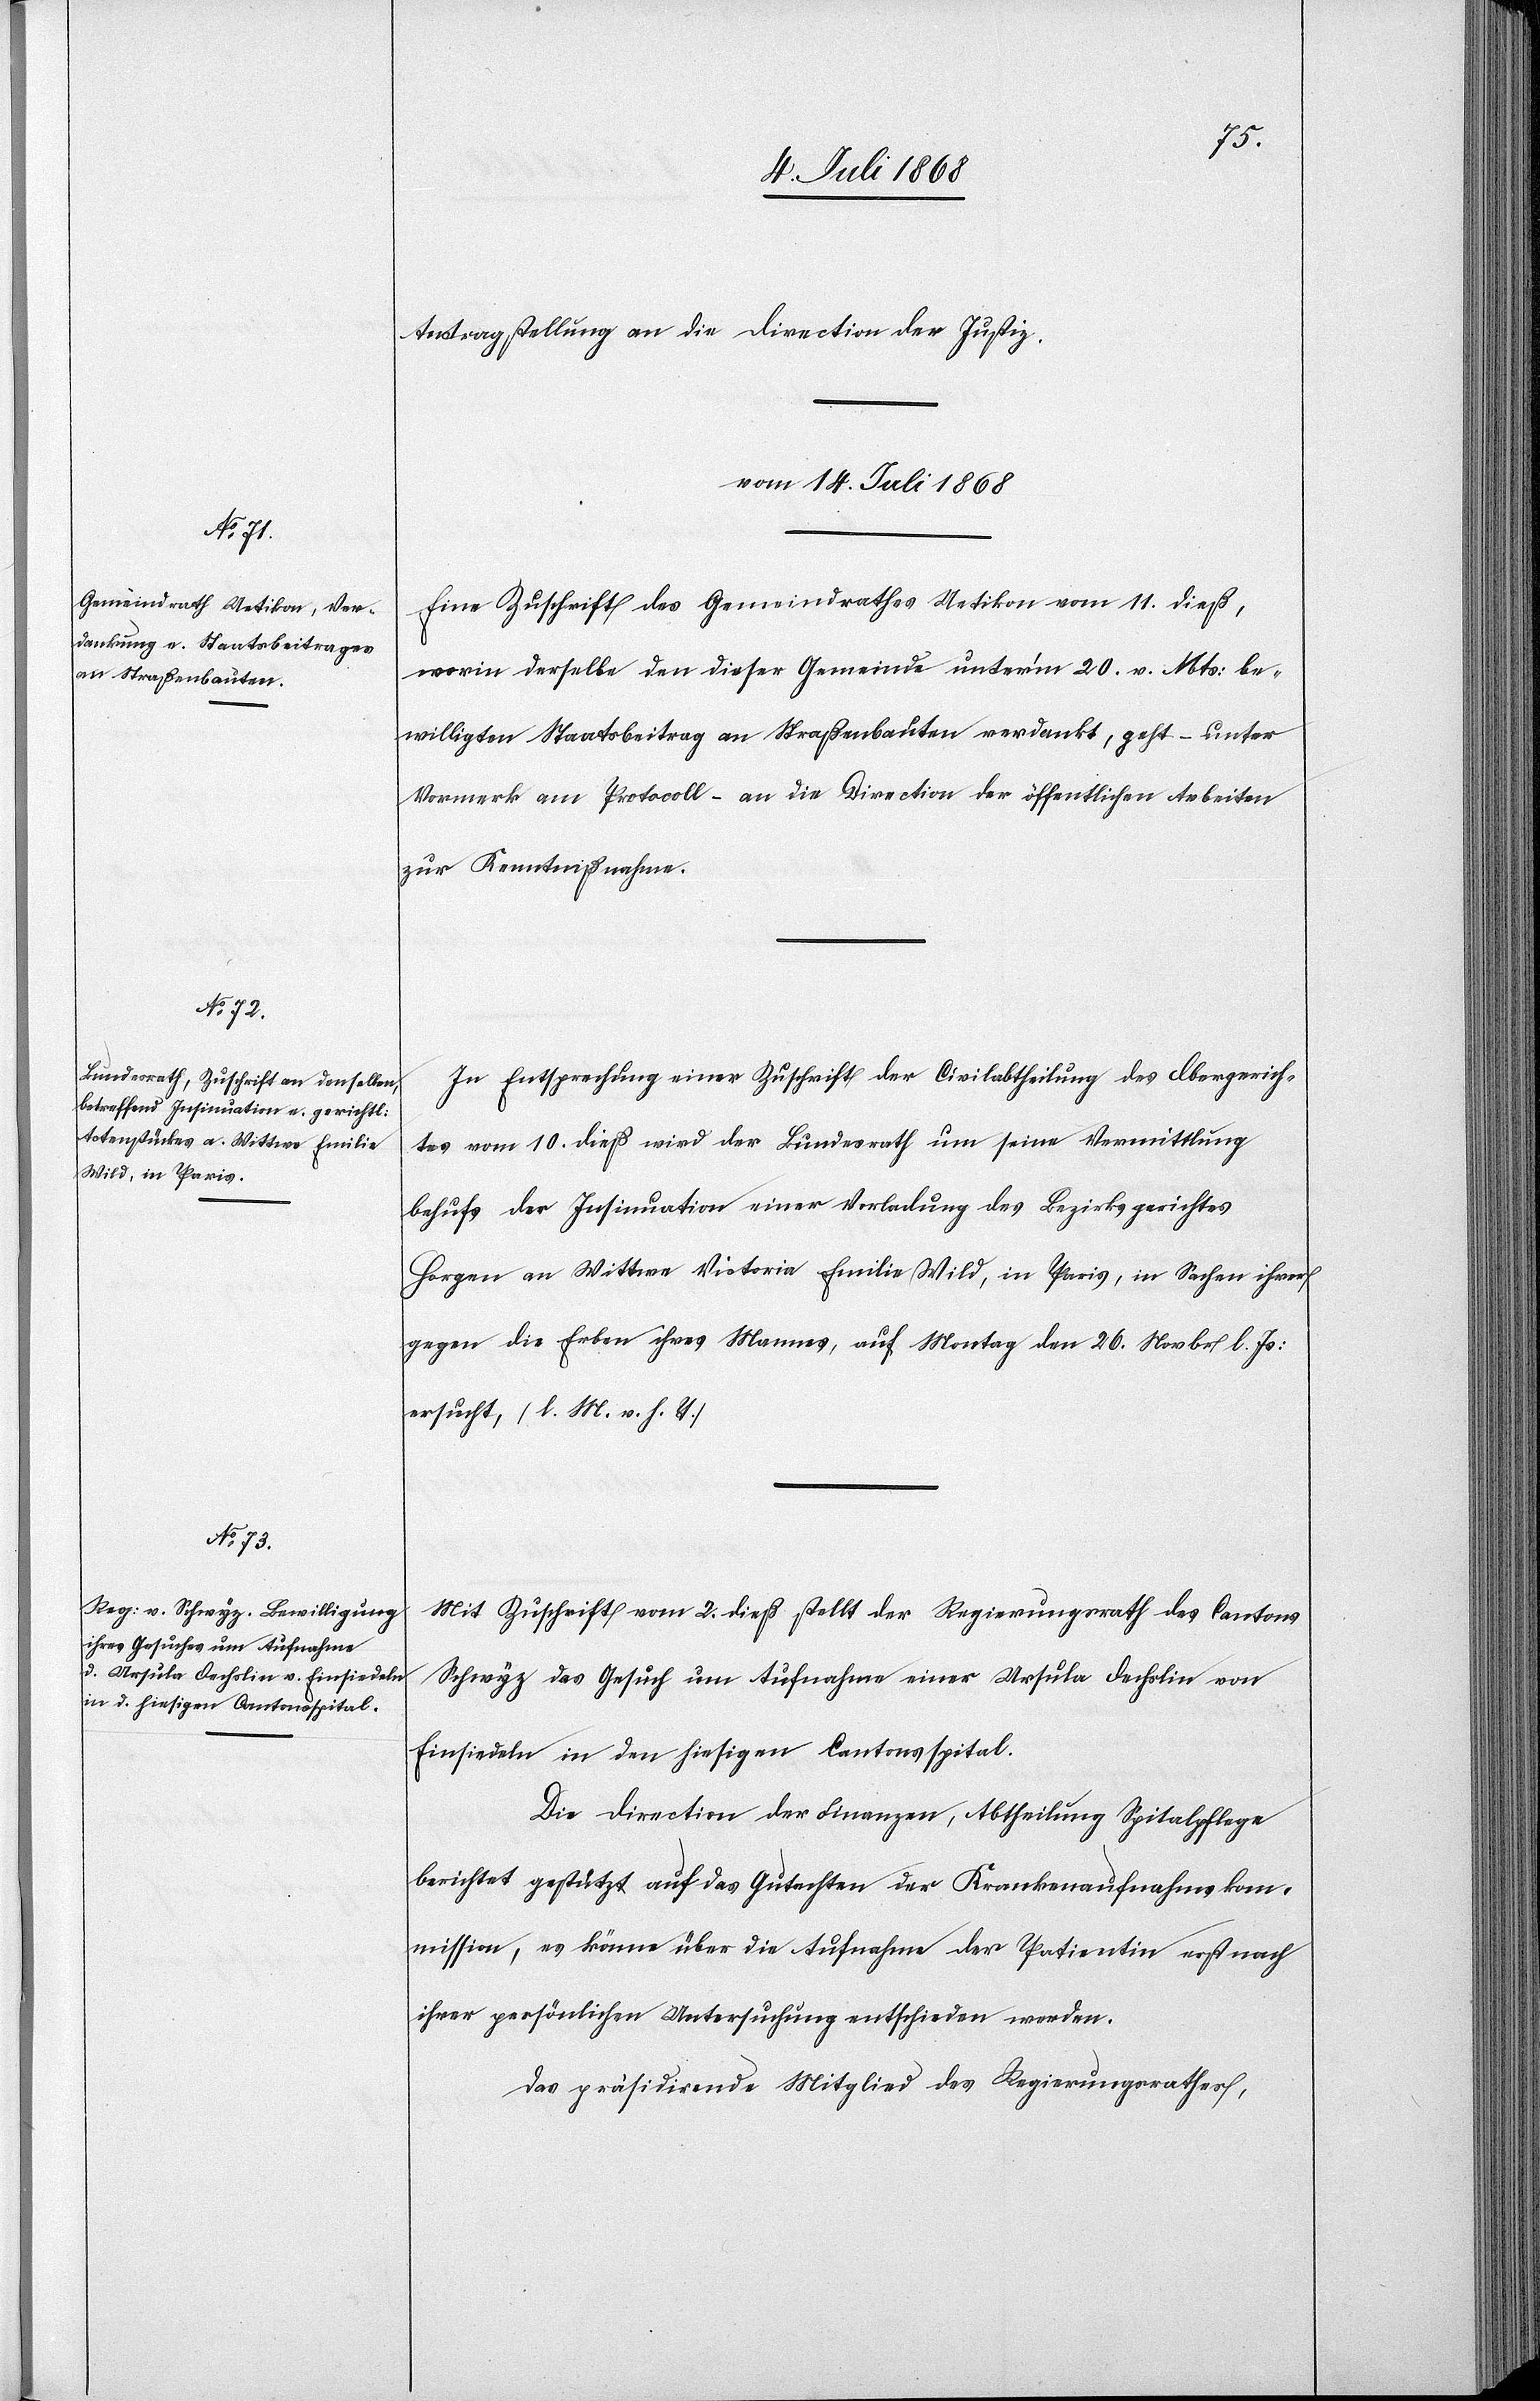
Antragstellung an die Direction der Justiz.
vom 14. Juli 1868]
Eine Zuschrift des Gemeindrathes Uetikon vom 11. dieß,
worin derselbe den dieser Gemeinde unter’m 20. v. Mts: be¬
willigten Staatsbeitrag an Straßenbauten verdankt, geht – unter
Vormerk am Protocoll – an die Direction der öffentlichen Arbeiten
zur Kenntnißnahme.
In Entsprechung einer Zuschrift der Civilabtheilung des Obergerich¬
tes vom 10. dieß wird der Bundesrath um seine Vermittlung
behufs der Insinuation einer Vorladung des Bezirksgerichtes
Horgen an Wittwe Victoria Emilie Wild, in Paris, in Sachen ihrer
gegen die Erben ihres Mannes, auf Montag den 26. Novbr l. Js:
ersucht, (l. M. v. h. T.)
Mit Zuschrift vom 2. dieß stellt der Regierungsrath des Cantons
Schwyz das Gesuch um Aufnahme einer Ursula Oechslin von
Einsiedeln in den hiesigen Cantonsspital.
Die Direction der Finanzen, Abtheilung Spitalpflege
berichtet gestützt auf das Gutachten der Krankenaufnahmskom¬
mission, es könne über die Aufnahme der Patientin erst nach
ihrer persönlichen Untersuchung entschieden werden.
Das präsidirende Mitglied des Regierungsrathes,